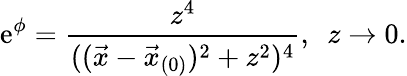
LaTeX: \mathrm{e}^{\phi}={\frac{{z^{4}}}{{((\vec{{x}}-\vec{{x}}_{(0)})^{2}+z^{2})^{4}}}},\ \ z\rightarrow0.